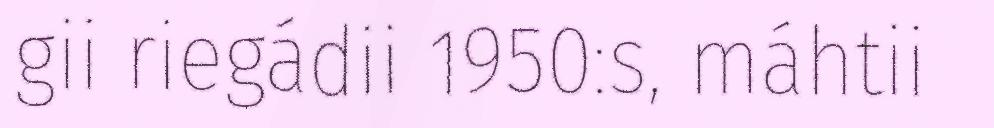
gii riegádii 1950:s, máhtii